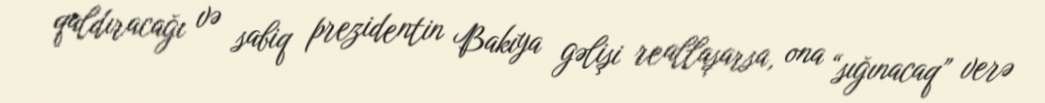
qaldıracağı və sabiq prezidentin Bakıya gəlişi reallaşarsa, ona “sığınacaq” verə